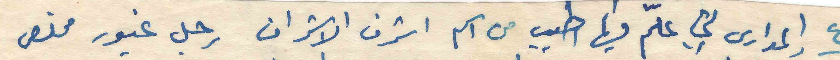
المدارس التي علّم فيها اطيب من اسم اشرف الاشراف رجل غيور مخلص